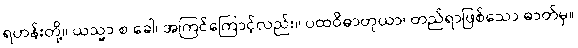
ရဟန်းတို့။ ယသ္မာ စ ခေါ၊ အကြင်ကြောင့်လည်း။ ပထဝိဓာတုယာ၊ တည်ရာဖြစ်သော ဓာတ်မှ။